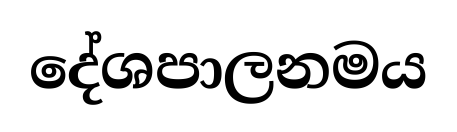
දේශපාලනමය